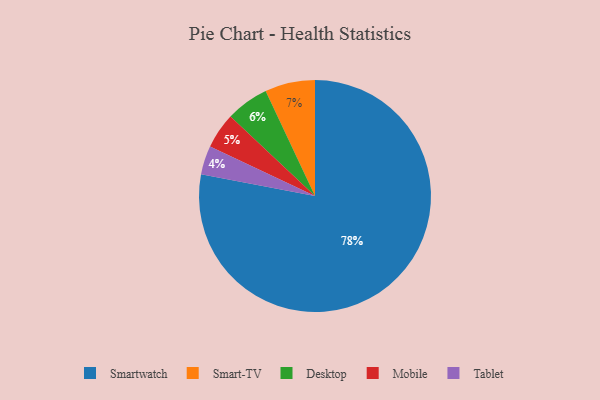
{"axis": {"x": "Category", "y": "Percentage"}, "legend": ["Desktop", "Mobile", "Smart-TV", "Smartwatch", "Tablet"], "data": [{"x": "Desktop", "y": 6, "type": "Desktop"}, {"x": "Mobile", "y": 5, "type": "Mobile"}, {"x": "Smartwatch", "y": 78, "type": "Smartwatch"}, {"x": "Smart-TV", "y": 7, "type": "Smart-TV"}, {"x": "Tablet", "y": 4, "type": "Tablet"}]}